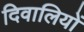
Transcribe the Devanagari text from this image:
दिवालियों